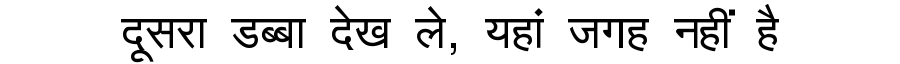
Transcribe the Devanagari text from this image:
दूसरा डब्बा देख ले, यहां जगह नहीं है